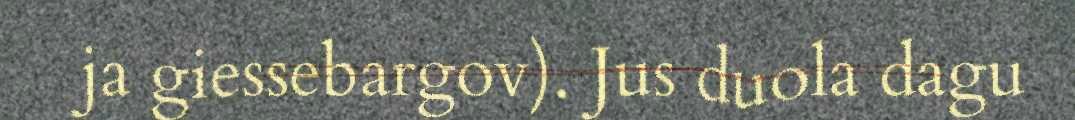
ja giessebargov). Jus duola dagu